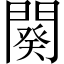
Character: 闋